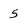
Character: s